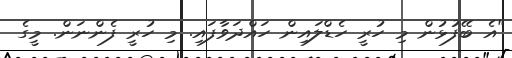
"އެ ބޭފުޅުން މި ހުރީ ހެޑްލައިން ހައްދަވާފައި. މި ހުރީ ފެންނަން. މީގެ